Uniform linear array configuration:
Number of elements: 16
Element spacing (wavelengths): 1
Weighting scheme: kaiser
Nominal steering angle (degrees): -45
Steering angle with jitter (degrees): -43.589
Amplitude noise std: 0.05
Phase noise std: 0.05

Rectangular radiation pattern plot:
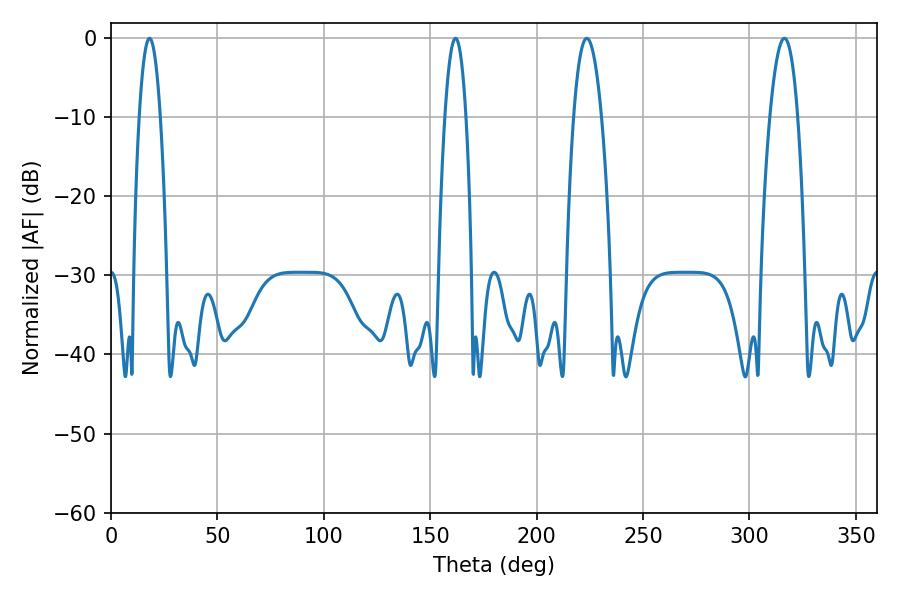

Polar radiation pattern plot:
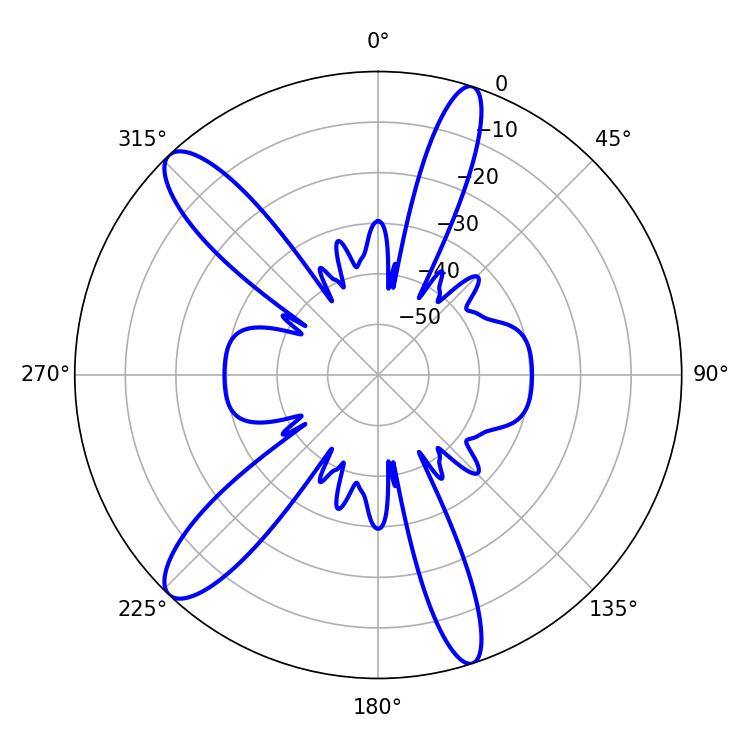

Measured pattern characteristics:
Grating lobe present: TRUE
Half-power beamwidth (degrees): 7.2
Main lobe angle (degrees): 223.56